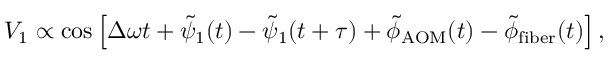
\begin{array} { r } { V _ { 1 } \propto \cos \left[ \Delta \omega t + \tilde { \psi } _ { 1 } ( t ) - \tilde { \psi } _ { 1 } ( t + \tau ) + \tilde { \phi } _ { \mathrm { A O M } } ( t ) - \tilde { \phi } _ { \mathrm { f i b e r } } ( t ) \right] , } \end{array}